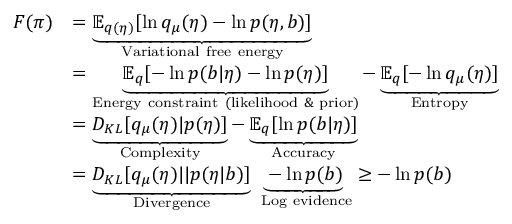
\begin{array} { r l } { F ( \pi ) } & { = \underbrace { { { \mathbb { E } } _ { q ( \eta ) } } [ \ln { { q } _ { \mu } } ( \eta ) - \ln p ( \eta , b ) ] } _ { \mathrm { V a r i a t i o n a l ~ f r e e ~ e n e r g y } } } \\ & { = \underbrace { { { \mathbb { E } } _ { q } } [ - \ln p ( b | \eta ) - \ln p ( \eta ) ] } _ { \mathrm { E n e r g y ~ c o n s t r a i n t ~ ( l i k e l i h o o d ~ } \! \! \And \! \! \mathrm { ~ p r i o r ) } } - \underbrace { { { \mathbb { E } } _ { q } } [ - \ln { { q } _ { \mu } } ( \eta ) ] } _ { \mathrm { E n t r o p y } } } \\ & { = \underbrace { { { D } _ { K L } } [ { { q } _ { \mu } } ( \eta ) | p ( \eta ) ] } _ { \mathrm { C o m p l e x i t y } } - \underbrace { { { \mathbb { E } } _ { q } } [ \ln p ( b | \eta ) ] } _ { \mathrm { A c c u r a c y } } } \\ & { = \underbrace { { { D } _ { K L } } [ { { q } _ { \mu } } ( \eta ) | | p ( \eta | b ) ] } _ { \mathrm { D i v e r g e n c e } } \underbrace { - \ln p ( b ) } _ { \mathrm { ~ L o g ~ e v i d e n c e } } \ge - \ln p ( b ) } \end{array}